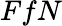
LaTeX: FfN